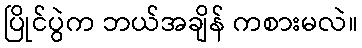
ပြိုင်ပွဲက ဘယ်အချိန် ကစားမလဲ။